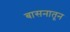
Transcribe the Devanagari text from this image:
बासनातून